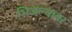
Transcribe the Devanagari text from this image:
भिजल्यावर